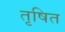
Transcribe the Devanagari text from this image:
तृषित